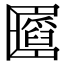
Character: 𠥪